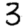
Digit: 3